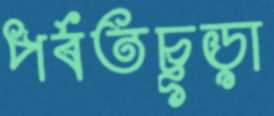
পর্বতচূড়া